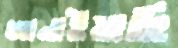
জানাইয়াছি